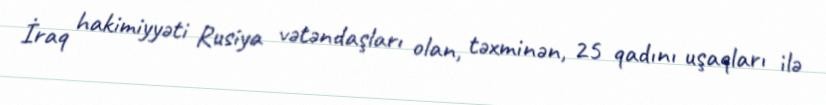
İraq hakimiyyəti Rusiya vətəndaşları olan, təxminən, 25 qadını uşaqları ilə